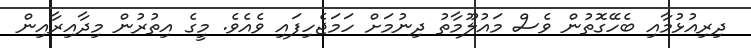
ދިރިއުޅުމާއި ބެހޭގޮތުން ވެސް މައުލޫމާތު ދިނުމަށް ހަމަޖެހިފައި ވެއެވެ. މީގެ އިތުރުން މިދާއިރާއިން